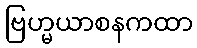
ဗြဟ္မယာစနကထာ